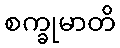
စက္ခုမာတိ